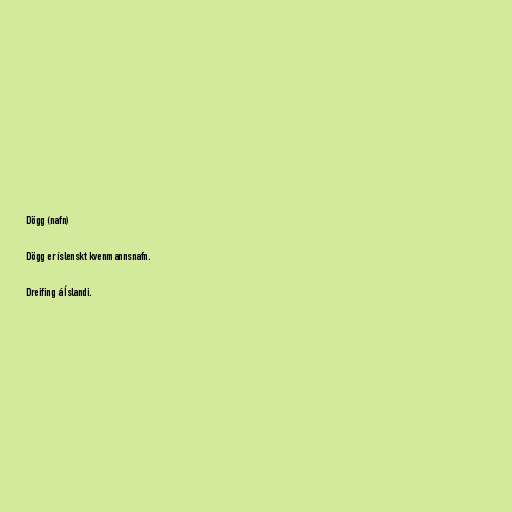
Dögg (nafn)

Dögg er íslenskt kvenmannsnafn.

Dreifing á Íslandi.